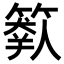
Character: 𥲩